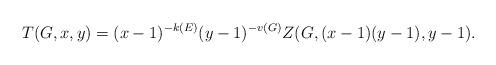
LaTeX: \begin{align*}T(G,x,y)=(x-1)^{-k(E)}(y-1)^{-v(G)}Z(G,(x-1)(y-1),y-1).\end{align*}